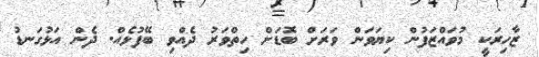
ޒާހިރަކީ މުވައްޒަފުން ކިޔަވަން ވަރަށް ބޮޑަށް ހިތްވަރު ދެއްވި ބޭފުޅެއް. ދެން އަޅުގަނޑު